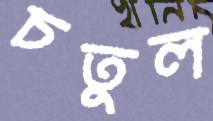
চতুল